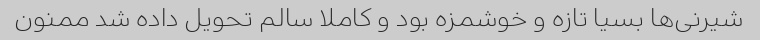
شیرنی‌ها بسیا تازه و خوشمزه بود و کاملا سالم تحویل داده شد ممنون